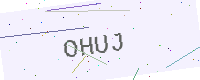
Text: OHUJ